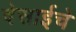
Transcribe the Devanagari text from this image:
देसाईचे